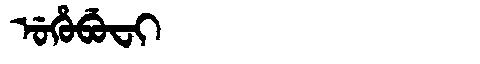
Manchu: ᡠᡥᡠᠪᡠᠸᡳ
Romanization: UHUBUFI